Report on sanitation, dispensaries, and jails in Rajputana for 1915, and on vaccination for the year 1915-1916 - 1915-1916
Year: 1915
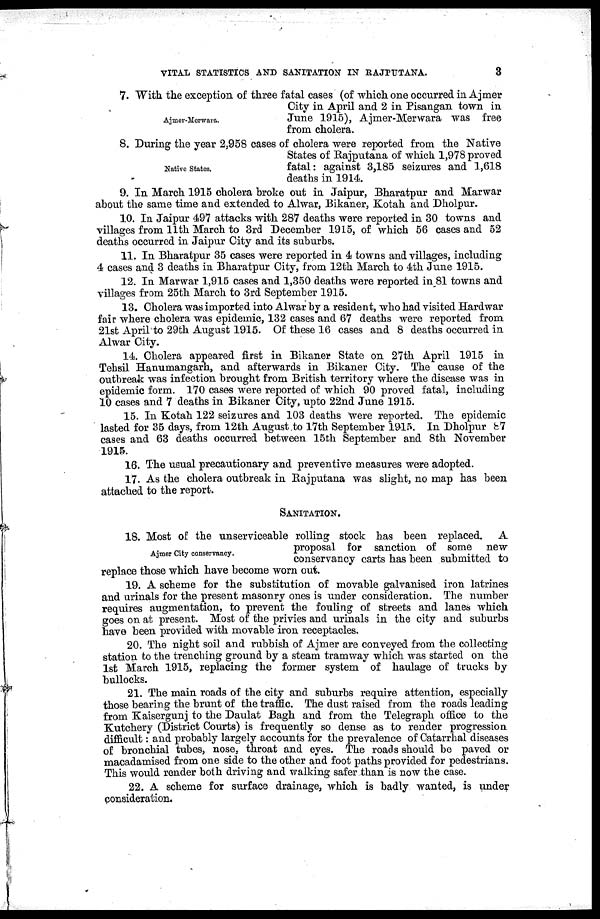
VITAL STATISTICS AND SANITATION IN
RAJPUTANA.
3
Ajmer-Merwara.
7. With the exception of three fatal cases (of which one occurred in Ajmer
City in April and 2 in Pisangan town in
June 1915), Ajmer-Merwara was free
from cholera.
Native States.
8. During the year 2,958 cases of cholera were reported from the Native
States of Rajputana of which 1,978 proved
fatal: against 3,185 seizures and 1,618
deaths in 1914.
9. In March 1915 cholera broke out in Jaipur, Bharatpur and Marwar
about the same time and extended to Alwar, Bikaner, Kotah and Dholpur.
10. In Jaipur 497 attacks with 287 deaths were reported in 30 towns and
villages from 11th March to 3rd December 1915, of which 56 cases and 52
deaths occurred in Jaipur City and its suburbs.
11. In Bharatpur 35 cases were reported in 4 towns and villages, including
4 cases and 3 deaths in Bharatpur City, from 12th March to 4th June 1915.
12. In Marwar 1,915 cases and 1,350 deaths were reported in 81 towns and
villages from 25th March to 3rd September 1915.
13. Cholera was imported into Alwar by a resident, who had visited Hardwar
fair where cholera was epidemic, 132 cases and 67 deaths were reported from
21st April to 29th August 1915. Of these 16 cases and 8 deaths occurred in
Alwar City.
14. Cholera appeared first in Bikaner State on 27th April 1915 in
Tehsil Hanumangarh, and afterwards in Bikaner City. The cause of the
outbreak was infection brought from British territory where the disease was in
epidemic form. 170 cases were reported of which 90 proved fatal, including
10 cases and 7 deaths in Bikaner City, upto 22nd June 1915.
15. In Kotah 122 seizures and 103 deaths were reported. The epidemic
lasted for 35 days, from 12th August to 17th September 1915. In Dholpur 87
cases and 63 deaths occurred between 15th September and 8th November
1915.
16. The usual precautionary and preventive measures were adopted.
17. As the cholera outbreak in Rajputana was slight, no map has been
attached to the report.
SANITATION.
Ajmer City conservancy.
18. Most of the unserviceable rolling stock has been replaced. A
proposal for sanction of some new
conservancy carts has been submitted to
replace those which have become worn out.
19. A scheme for the substitution of movable galvanised iron latrines
and urinals for the present masonry ones is under consideration. The number
requires augmentation, to prevent the fouling of streets and lanes which
goes on at present. Most of the privies and urinals in the city and suburbs
have been provided with movable iron receptacles.
20. The night soil and rubbish of Ajmer are conveyed from the collecting
station to the trenching ground by a steam tramway which was started on the
1st March 1915, replacing the former system of haulage of trucks by
bullocks.
21. The main roads of the city and suburbs require attention, especially
those bearing the brunt of the traffic. The dust raised from the roads leading
from Kaisergunj to the Daulat Bagh and from the Telegraph office to the
Kutchery (District Courts) is frequently so dense as to render progression
difficult: and probably largely accounts for the prevalence of Catarrhal diseases
of bronchial tubes, nose, throat and eyes. The roads should be paved or
macadamised from one side to the other and foot paths provided for pedestrians.
This would render both driving and walking safer than is now the case.
22. A scheme for surface drainage, which is badly wanted, is under
consideration.